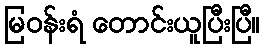
မြဝန်းရံ တောင်းယူပြီးပြီ။